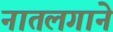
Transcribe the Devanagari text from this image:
नातलगाने